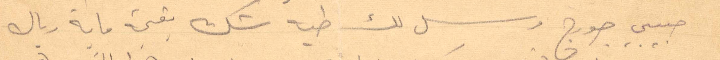
حبيب جورج مرسل لك طيه شك بقيمة ماية ريال